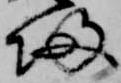
帰